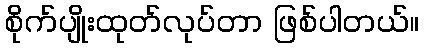
စိုက်ပျိုးထုတ်လုပ်တာ ဖြစ်ပါတယ်။